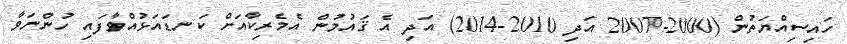
ހައިސިއްޔަތުން (2000-2007 އަދި 2010-2014) އަދި އެ ޤައުމުން އެމެރިކާއަށް ކަނޑައަޅުއްވާފައި ހުންނަވާ